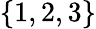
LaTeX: \{ 1,2,3\}